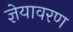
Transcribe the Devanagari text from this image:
ज्ञेयावरण